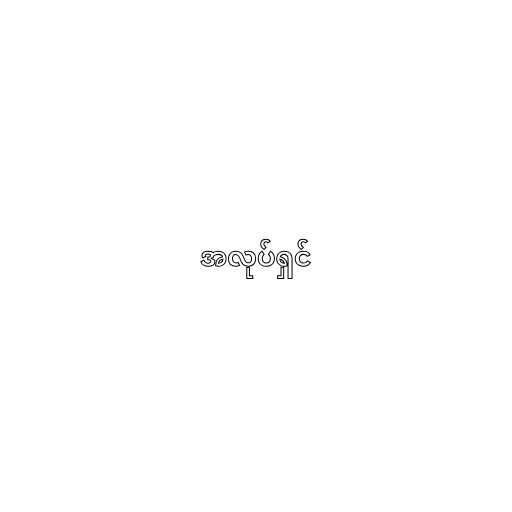
အလုပ်ရှင်